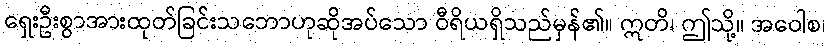
ရှေးဦးစွာအားထုတ်ခြင်းသဘောဟုဆိုအပ်သော ဝီရိယရှိသည်မှန်၏။ ဣတိ၊ ဤသို့။ အဝေါစ၊